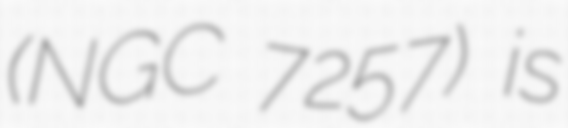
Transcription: (NGC 7257) is